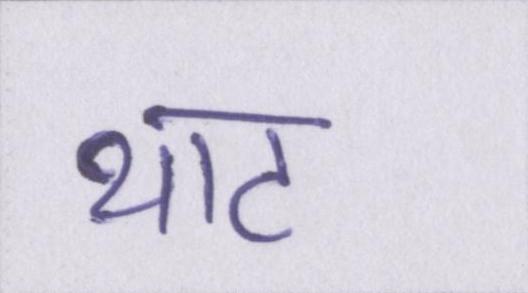
थाट